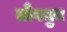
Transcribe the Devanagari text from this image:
तौंगमुन